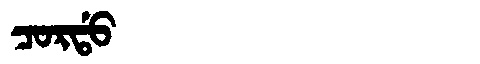
Manchu: ᠴᠣᡵᡩᠣ
Romanization: CORDO